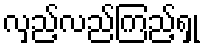
လှည့်လည်ကြည့်ရှု